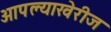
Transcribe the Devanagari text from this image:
आपल्याखेरीज